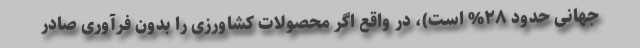
جهانی حدود ۲۸% است)، در واقع اگر محصولات کشاورزی را بدون فرآوری صادر